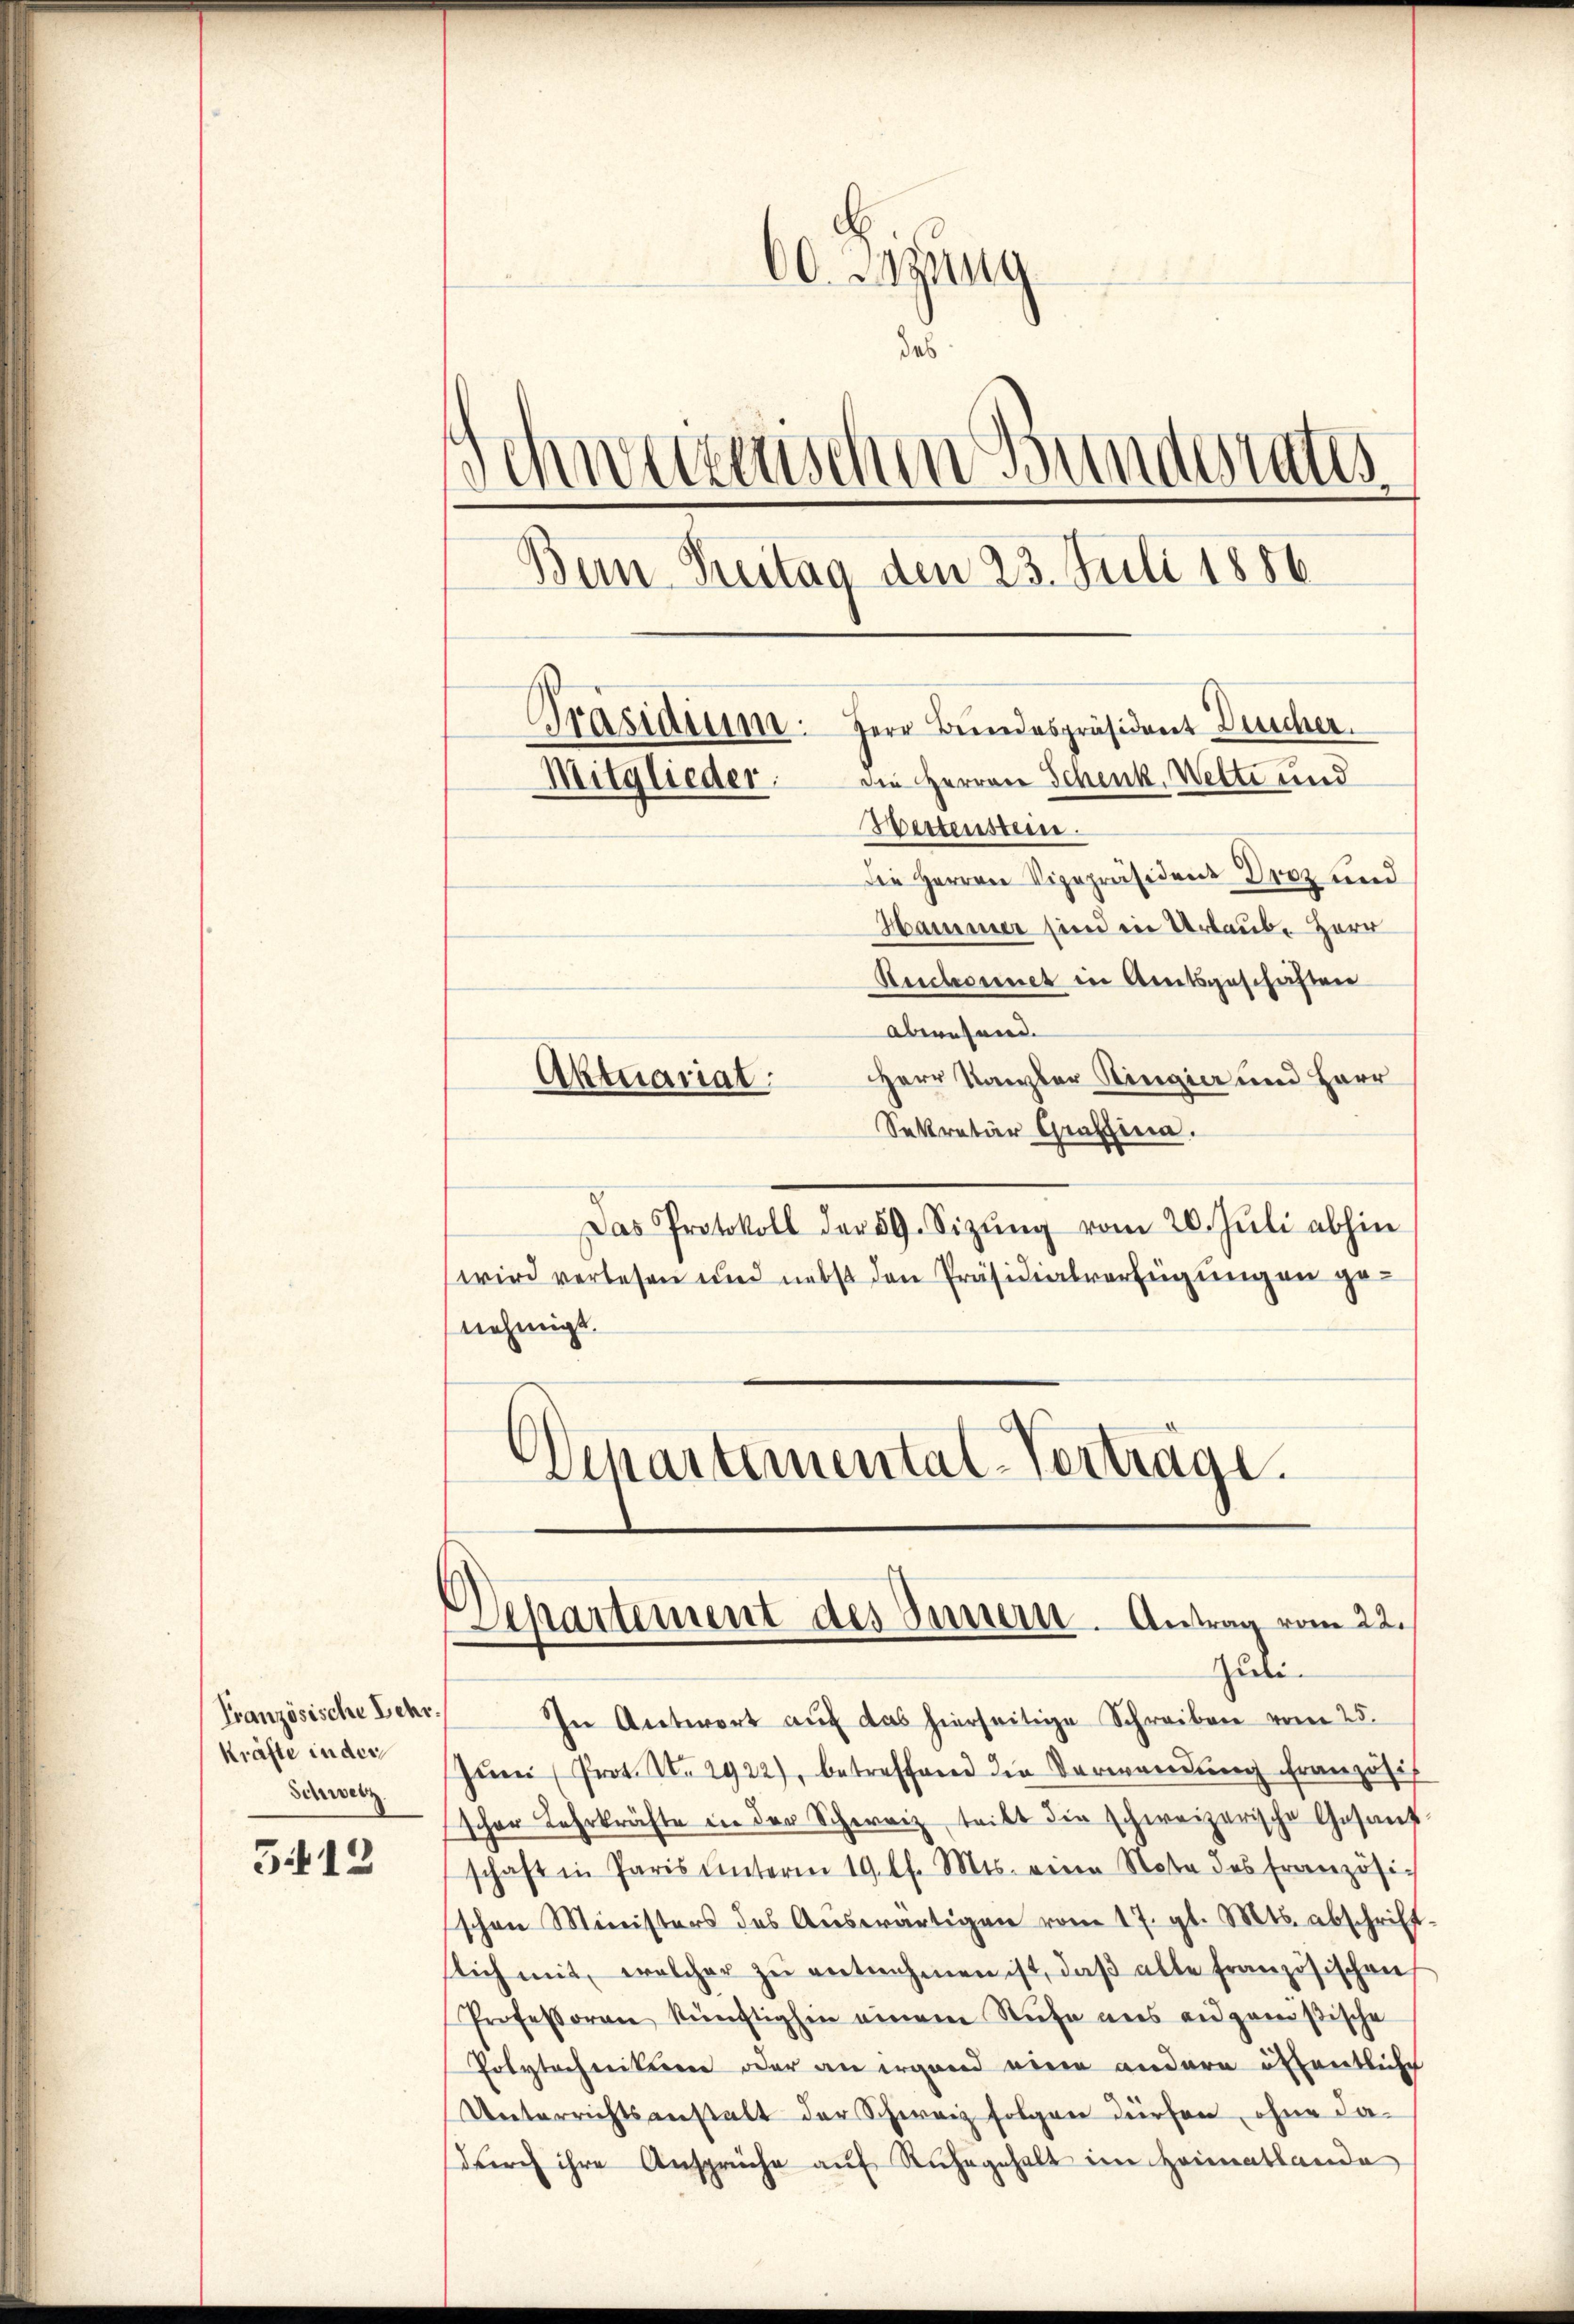
Französische Lehr.
kräfte in der
Schweiz.

5412

60. Sitzung
das
d
chweizerischen Bundesrates
Bern Reitag den 23. Juli 1886
Präsidium. Herr Bundespräsident Duscher.
die Herren Schenk, Wette und
Mitglieder.
Westenstein
Die Herren Vizepräsidenz Droz und

Hammer sind in Urlaube Herr
Reichvienet in Amtsgeschriften
aberuhend.
Herr Kanzler Ringier und Herr
Sekretär Graffina.
Das Protokoll der 59. Sizŭng vom 20. Jŭli abhin
wird verlesen und nebst den Präsidialverfügungen genehmigt.
Departemental-Verträge.

Aktuariat

Departement des Innern. Antrag vom 22.
Juli.

In Antwort auf das hierseitige Schreiben vom 25.
Jŭni (Prot. N. 2922), betreffend die Verwendung französis
scher Lehrkräfte in der Schweiz teilt die schweizerische Gesandschaft in Paris ŭnterm 19. l. Mts. eine Note des Französi-
schen Ministers des Aŭswärtigen vom 17. gl. Mts. abschrift-
slich mit, welcher zŭ entnehmen ist, daβ alle französischen
Professoren künftigen einem Stufe ans angenößische
Polytechnitte oder an irgend eine andern öffentliche
Unterrichtsanstalt der Schweiz folgen dürfen, ohne da-
dŭrch ihre Ansprüche aŭf Rŭhegehalt im Heimatlande